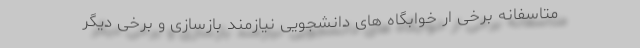
متاسفانه برخی ار خوابگاه های دانشجویی نیازمند بازسازی و برخی دیگر